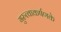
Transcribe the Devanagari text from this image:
गुरुत्वाकर्षणके